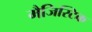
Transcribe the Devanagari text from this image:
मैजिस्टिक